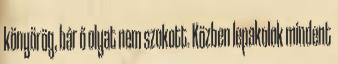
könyörög, bár ő olyat nem szokott. Közben lepakolok mindent